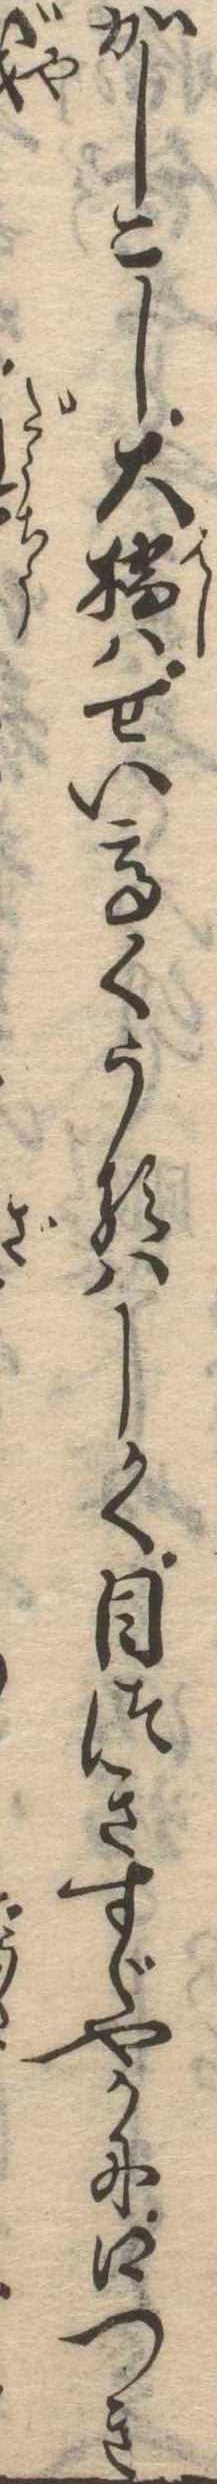
かしこし大橋はせい高くうるはしく目つきすゞやかに口つき